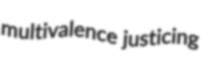
multivalence justicing